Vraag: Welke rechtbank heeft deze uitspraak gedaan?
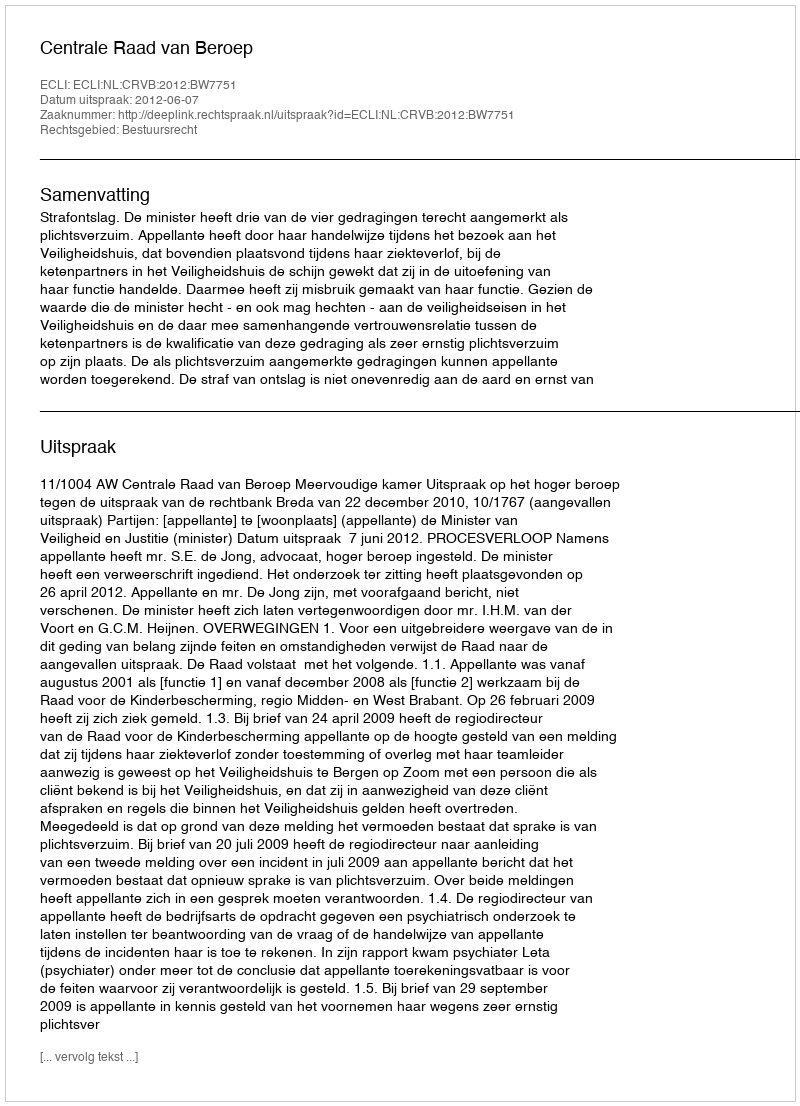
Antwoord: Centrale Raad van Beroep